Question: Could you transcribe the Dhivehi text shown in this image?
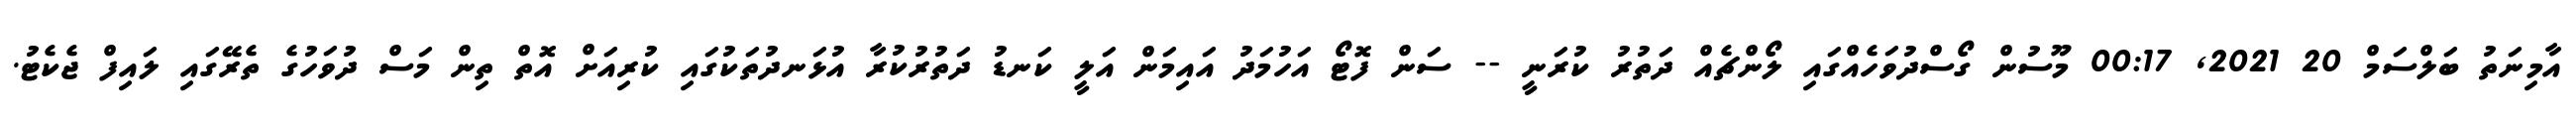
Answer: އާމިނަތު ބަލްސަމް 20 2021, 00:17 މޫސުން ގޯސްދުވަހެއްގައި ލޯންޗެއް ދަތުރު ކުރަނީ -- ސަން ފޮޓޯ އަހުމަދު އައިމަން އަލީ ކަނޑު ދަތުރުކުރާ އުޅަނދުތަކުގައި ކުރިއަށް އޮތް ތިން މަސް ދުވަހުގެ ތެރޭގައި ލައިފް ޖެކެޓު.